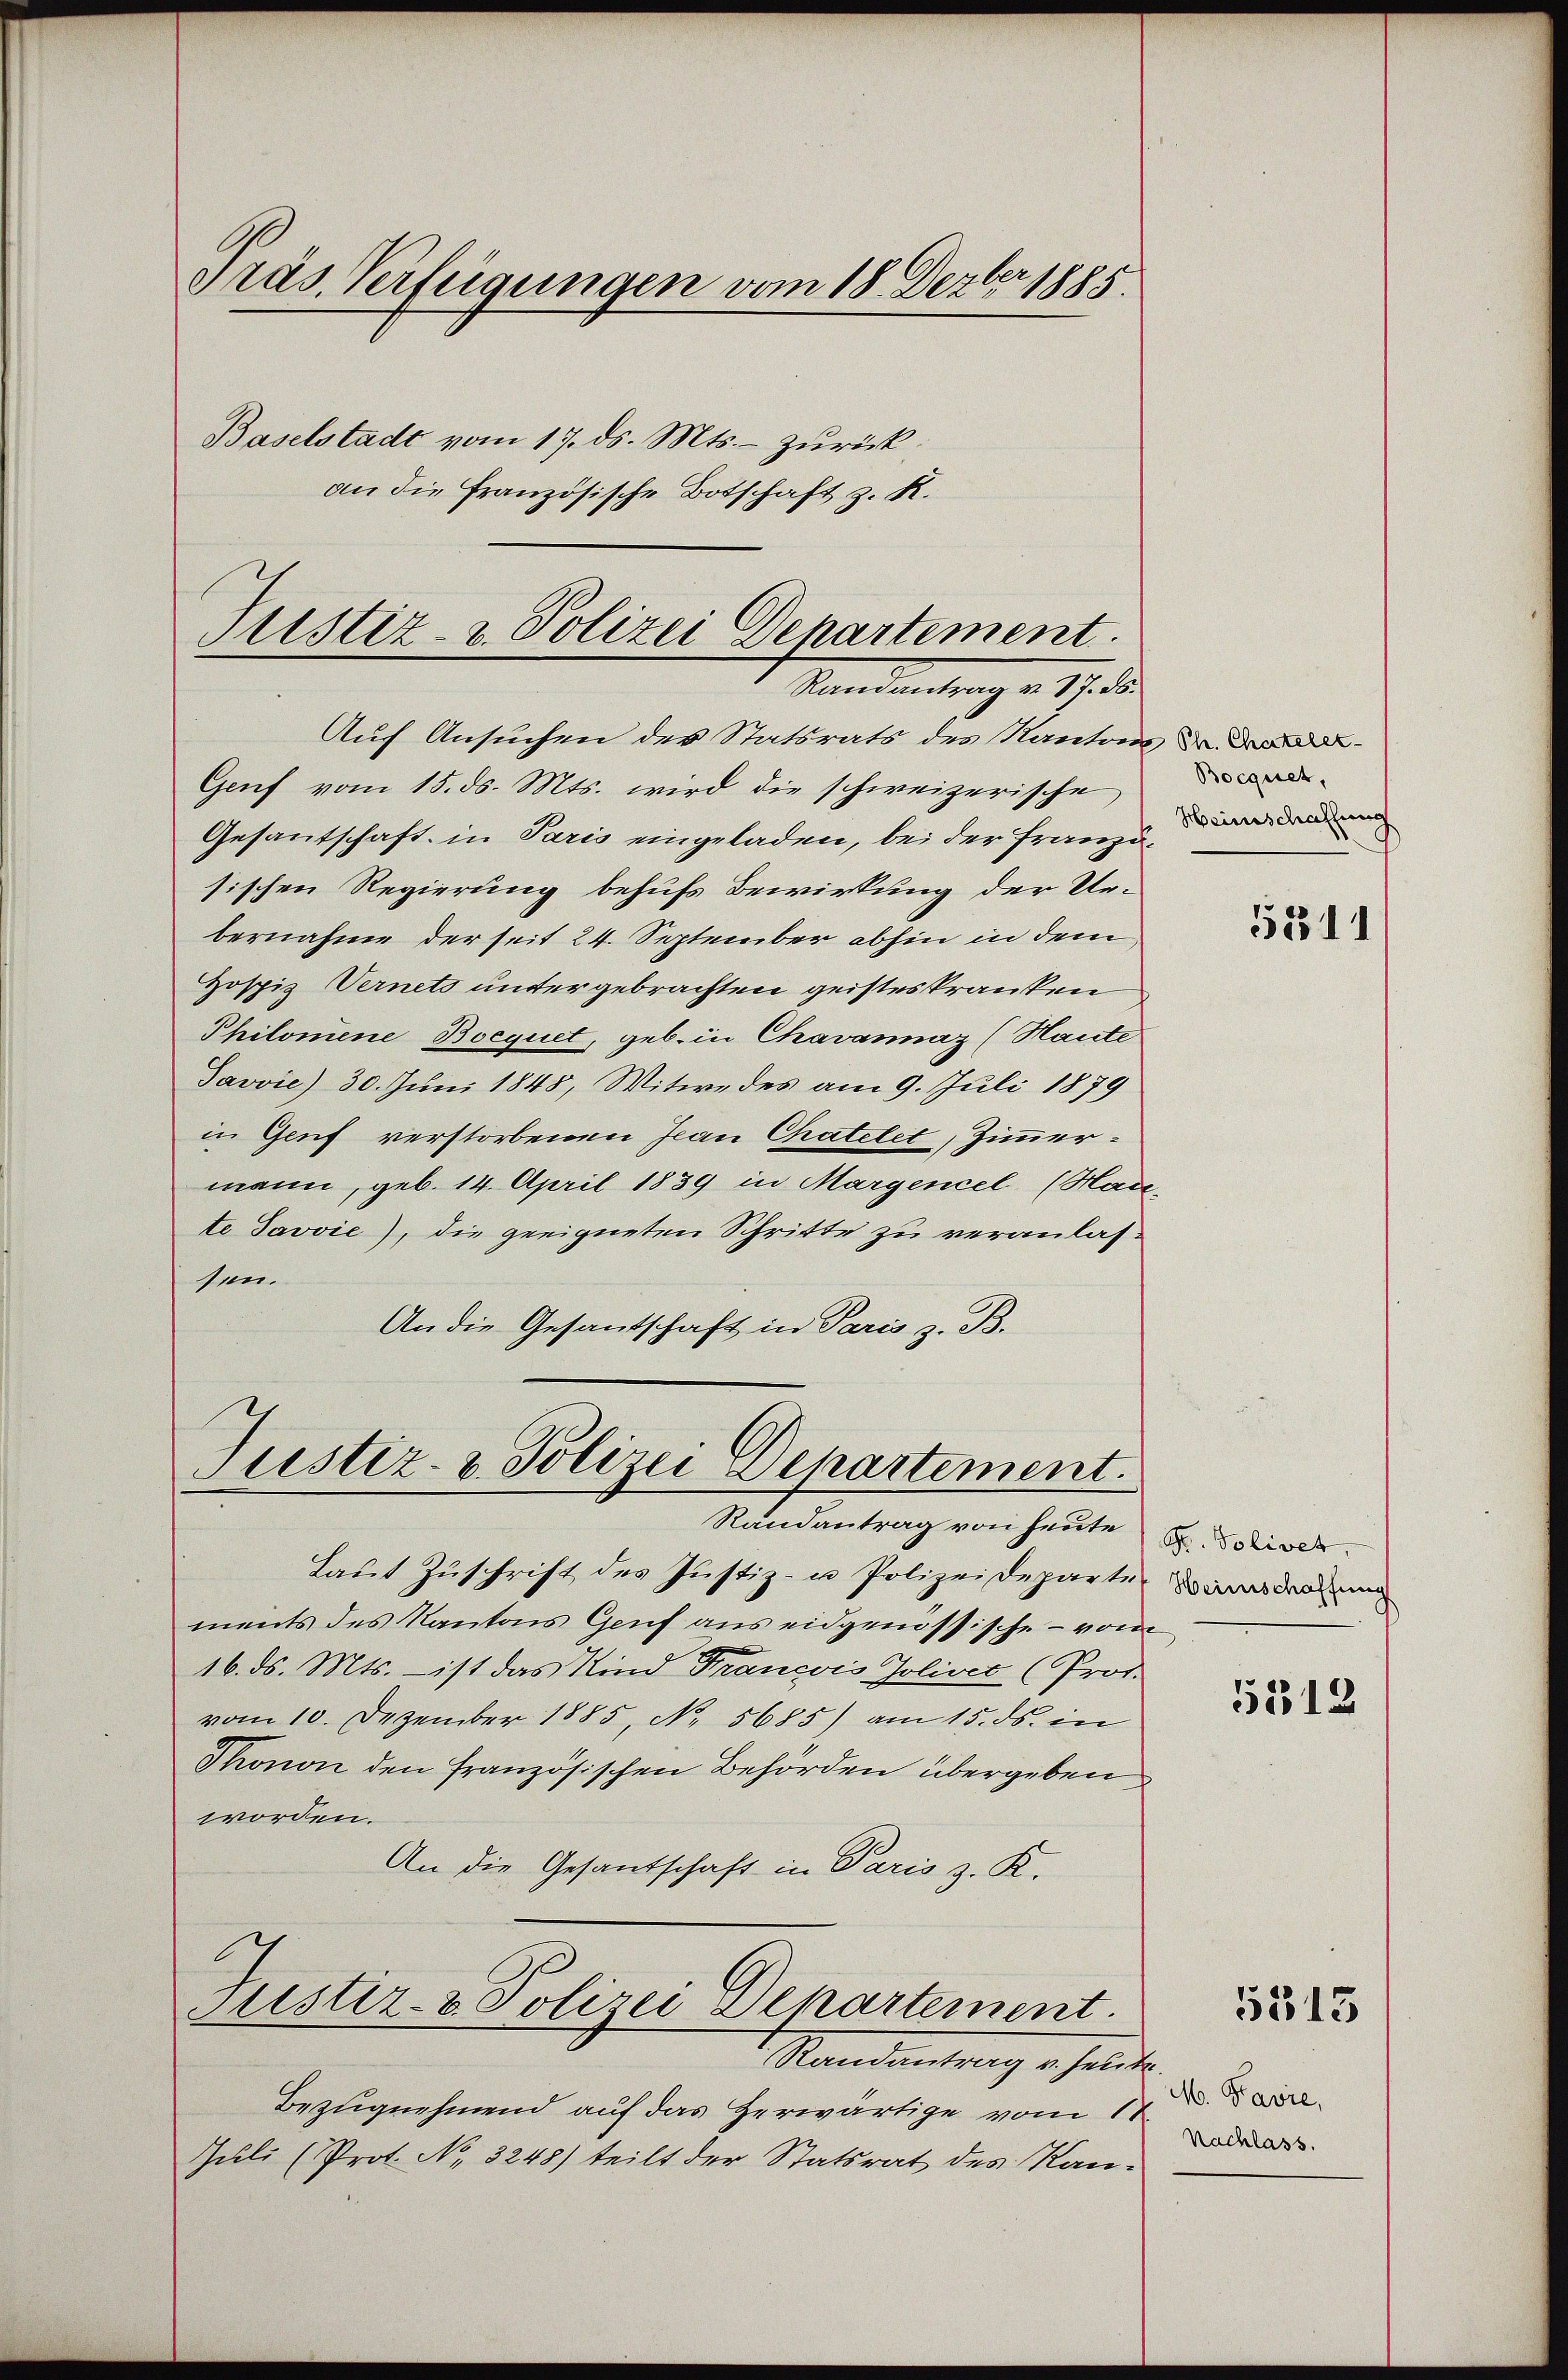
Präs. Verfügungen vom 18. Dezbr 1885.
Baselstadt vom 17. ds. Mts. - zurück.
an die Französische Botschaft z. R.

Justiz- u. Polizei Departement.
Ramantrag v. 17. ds.

Auf Ansuchen des Statsrats des Kantons de
Genf vom 15. ds. Mts. wird die schweizerische,
Gesantschaft in Paris eingeladen, bei der Französischen Regierung behufs Bewirkung der Ur-
bernahme der seit 24. September abhin in dem
Hospiz Vernets untergebrachten geisteskranken
Philomene Boequet, geb. in Chavannaz (Haute
Javvie) 30. Juni 1848, Witwe des am 9. Juli 1879
in Genf verstorbenen Jean Chatelet, Zimmermann, geb. 14. April 1839 in Margenzel (Hau-
te Javvie), die geeigneten Schritte zu veranlassen.
An die Gesantschaft in Paris z. B.

Justiz- & Polizei Departement.

Laŭt Zŭschrift des Justiz- u. Polizeideparte
ments des Kantons Genf aus eidgenössische - vom
16. ds. Mts. – ist das Kind Francois Jolivec (Prof.
vom 10. Dezember 1885, No. 5685) am 15. ds. in
Thonon den französischen Behörden übergeben
worden.
An die Gesantschaft in Paris z. R.
Justiz- & Polizei Departement.
Randantrag v. heute.
Bezugnehmend auf das Herwärtige vom 11.
Juli (Prot. No. 3248) teilt der Statsrat des Kan-

Randantrag von heute

Bocquet,
Heinschaffung

53311

Gr. Solivet,
Heimschaffung

5512

5313

M. Favie,
Nachlass.